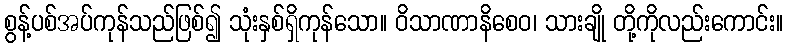
စွန့်ပစ်အပ်ကုန်သည်ဖြစ်၍ သုံးနှစ်ရှိကုန်သော။ ဝိသာဏာနိစေဝ၊ သားချို တို့ကိုလည်းကောင်း။